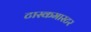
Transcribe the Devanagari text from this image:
टास्कमास्टर